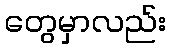
တွေမှာလည်း